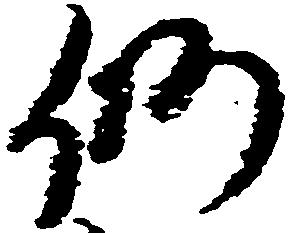
仍